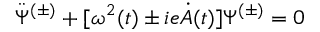
\ddot { \Psi } ^ { ( \pm ) } + [ \omega ^ { 2 } ( t ) \pm i e \dot { A } ( t ) ] \Psi ^ { ( \pm ) } = 0